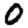
Digit: 0